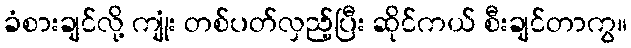
ခံစားချင်လို့ ကျုံး တစ်ပတ်လှည့်ပြီး ဆိုင်ကယ် စီးချင်တာကွ။